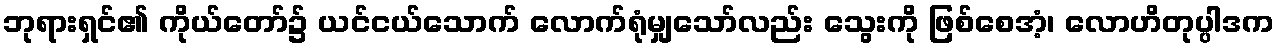
ဘုရားရှင်၏ ကိုယ်တော်၌ ယင်ငယ်သောက် လောက်ရုံမျှသော်လည်း သွေးကို ဖြစ်စေအံ့၊ လောဟိတုပ္ပါဒက